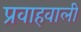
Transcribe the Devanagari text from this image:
प्रवाहवाली